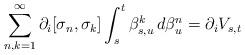
LaTeX: \begin{align*}\sum_{n,k = 1}^{\infty} \partial_i[\sigma_n, \sigma_k] \int_s^t \beta_{s,u}^k\, d\beta_u^n = \partial_i V_{s,t}\end{align*}